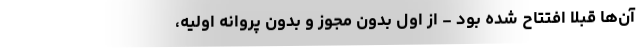
آن‌ها قبلا افتتاح شده بود - از اول بدون مجوز و بدون پروانه اولیه،